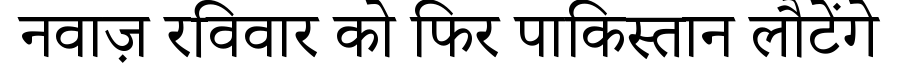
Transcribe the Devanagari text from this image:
नवाज़ रविवार को फिर पाकिस्तान लौटेंगे